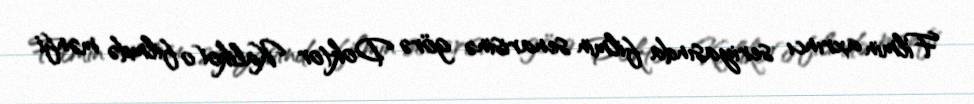
Filmin axrıncı seriyasında filmin senarisinə görə Doktor Kaliko(o filmdə mənfi